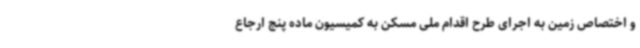
و اختصاص زمین به اجرای طرح اقدام ملی مسکن به کمیسیون ماده پنج ارجاع